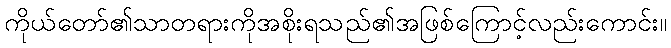
ကိုယ်တော်၏သာတရားကိုအစိုးရသည်၏အဖြစ်ကြောင့်လည်းကောင်း။